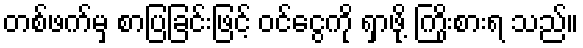
တစ်ဖက်မှ စာပြခြင်းဖြင့် ဝင်ငွေကို ရှာဖို့ ကြိုးစားရ သည်။